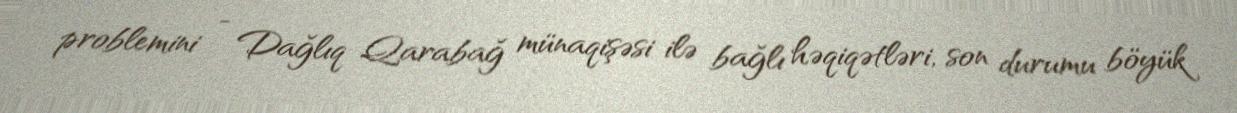
problemini - Dağlıq Qarabağ münaqişəsi ilə bağlı həqiqətləri, son durumu böyük